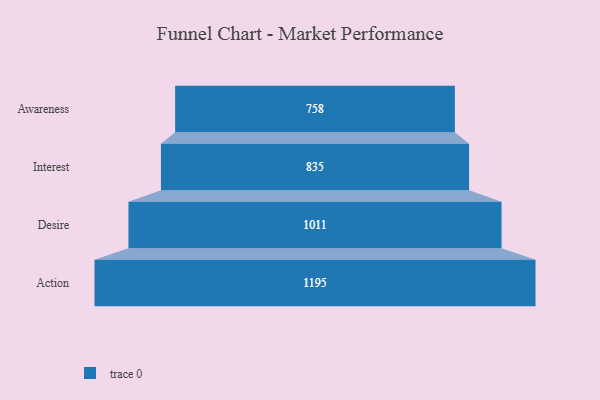
{"axis": {"x": "Stage", "y": "Value"}, "legend": [""], "data": [{"x": "Awareness", "y": 758.0, "type": ""}, {"x": "Interest", "y": 835.0, "type": ""}, {"x": "Desire", "y": 1011.0, "type": ""}, {"x": "Action", "y": 1195.0, "type": ""}]}